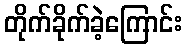
တိုက်ခိုက်ခဲ့ကြောင်း